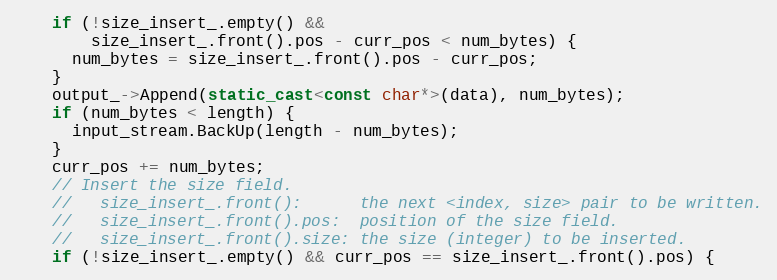
Language: C++
    if (!size_insert_.empty() &&
        size_insert_.front().pos - curr_pos < num_bytes) {
      num_bytes = size_insert_.front().pos - curr_pos;
    }
    output_->Append(static_cast<const char*>(data), num_bytes);
    if (num_bytes < length) {
      input_stream.BackUp(length - num_bytes);
    }
    curr_pos += num_bytes;
    // Insert the size field.
    //   size_insert_.front():      the next <index, size> pair to be written.
    //   size_insert_.front().pos:  position of the size field.
    //   size_insert_.front().size: the size (integer) to be inserted.
    if (!size_insert_.empty() && curr_pos == size_insert_.front().pos) {